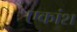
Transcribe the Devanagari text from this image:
एकांश